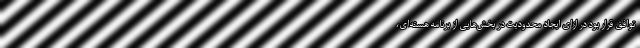
توافق قرار بود در ازای ایجاد محدودیت‌ در بخش‌هایی از برنامه هسته‌ای،